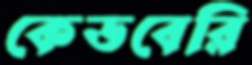
কেডবেরি